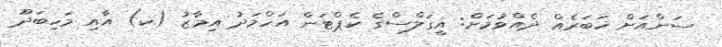
ސަންއަށް ޚަބަރެއް ދެއްވުމަށް: އީގަލްސްގެ ކެޕްޓަން އަހްމަދު އިމާޒު (ކ) އާއި މަހިބަދޫ